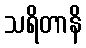
သရိတာနိ